Vaccination in the Punjab 1883-1896 - 1883-1896
Year: 1883
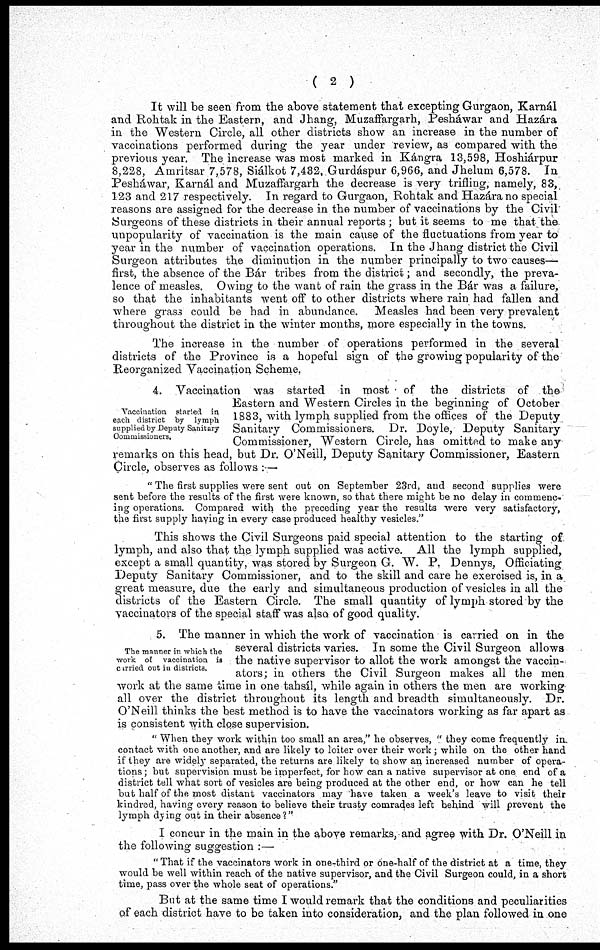
( 2 )
It will be seen from the above statement that excepting Gurgaon, Karnál
and Rohtak in the Eastern, and Jhang, Muzaffargarh, Pesháwar and Hazára
in the Western Circle, all other districts show an increase in the number of
vaccinations performed during the year under review, as compared with the
previous year. The increase was most marked in Kángra 13,598, Hoshiárpur
8,228, Amritsar 7,578, Siálkot 7,482, Gurdáspur 6,966, and Jhelum 6,578. In
Pesháwar, Karnál and Muzaffargarh the decrease is very trifling, namely, 83,
123 and 217 respectively. In regard to Gurgaon, Rohtak and Hazára no special
reasons are assigned for the decrease in the number of vaccinations by the Civil
Surgeons of these districts in their annual reports; but it seems to me that the
unpopularity of vaccination is the main cause of the fluctuations from year to
year in the number of vaccination operations. In the Jhang district the Civil
Surgeon attributes the diminution in the number principally to two causes—
first, the absence of the Bár tribes from the district; and secondly, the preva-
lence of measles. Owing to the want of rain the grass in the Bár was a failure,
so that the inhabitants went off to other districts where rain had fallen and
where grass could be had in abundance.
Measles had been very prevalent
throughout the district in the winter months, more especially in the towns.
The increase in the number of operations performed in the several
districts of the Province is a hopeful sign of the growing popularity of the
Reorganized Vaccination Scheme,
Vaccination started in
each district by lymph
supplied by Deputy Sanitary
Commissioners,
4. Vaccination was started in most of the districts of the
Eastern and Western Circles in the beginning of October
1883, with lymph supplied from the offices of the Deputy
Sanitary Commissioners. Dr. Doyle, Deputy Sanitary
Commissioner, Western Circle, has omitted to make any
remarks on this head, but Dr. O'Neill, Deputy Sanitary Commissioner, Eastern
Circle, observes as follows :—
" The first supplies were sent out on September 23rd, and second supplies were
sent before the results of the first were known, so that there might be no delay in commenc-
ing operations. Compared with the preceding year the results were very satisfactory,
the first supply having in every case produced healthy vesicles."
This shows the Civil Surgeons paid special attention to the starting of
lymph, and also that the lymph supplied was active. All the lymph supplied,
except a small quantity, was stored by Surgeon G. W. P. Dennys, Officiating
Deputy Sanitary Commissioner, and to the skill and care he exercised is, in a
great measure, due the early and simultaneous production of vesicles in all the
districts of the Eastern Circle. The small quantity of lymph stored by the
vaccinators of the special staff was also of good quality.
The manner in which the
work of vaccination is
carried out in districts.
5. The manner in which the work of vaccination is carried on in the
several districts varies. In some the Civil Surgeon allows
the native supervisor to allot the work amongst the vaccin-
ators; in others the Civil Surgeon makes all the men
work at the same time in one tahsíl, while again in others the men are working
all over the district throughout its length and breadth simultaneously. Dr.
O'Neill thinks the best method is to have the vaccinators working as far apart as
is consistent with close supervision.
" When they work within too small an area," he observes, " they come frequently in
contact with one another, and are likely to loiter over their work ; while on the other hand
if they are widely separated, the returns are likely to show an increased number of opera-
tions; but supervision must be imperfect, for how can a native supervisor at one end of a
district tell what sort of vesicles are being produced at the other end, or how can he tell
but half of the most distant vaccinators may have taken a week's leave to visit their
kindred, having every reason to believe their trusty comrades left behind will prevent the
lymph dying out in their absence?"
I concur in the main in the above remarks, and agree with Dr. O'Neill in
the following suggestion :—
"That if the vaccinators work in one-third or one-half of the district at a time, they
would be well within reach of the native supervisor, and the Civil Surgeon could, in a short
time, pass over the whole seat of operations."
But at the same time I would remark that the conditions and peculiarities
of each district have to be taken into consideration, and the plan followed in one